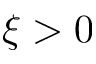
\xi > 0